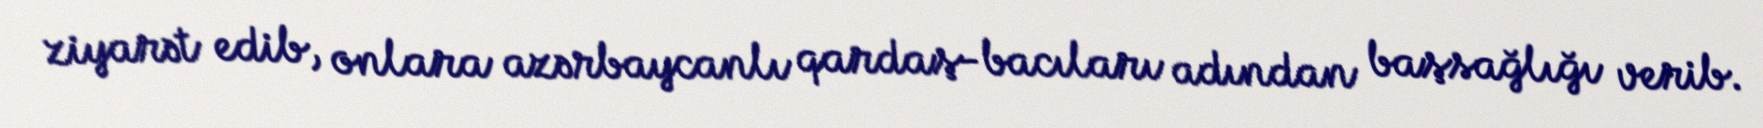
ziyarət edib, onlara azərbaycanlı qardaş-bacıları adından başsağlığı verib.